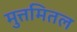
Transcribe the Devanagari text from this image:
मुत्तमितल